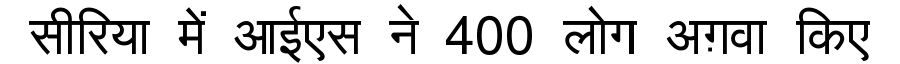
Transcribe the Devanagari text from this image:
सीरिया में आईएस ने 400 लोग अग़वा किए